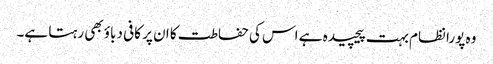
وہ پورا نظام بہت پیچیدہ ہے اس کی حفاطت کا ان پر کافی دباؤ بھی رہتا ہے۔